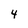
Character: 4